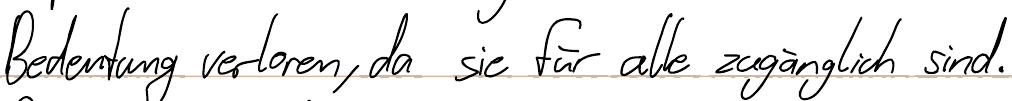
Bedeutung verloren, da sie für alle zugänglich sind.